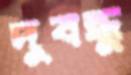
দুবন্ধু